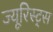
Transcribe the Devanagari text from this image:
ज्यूरिस्ट्स